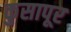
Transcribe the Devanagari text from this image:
कुसापूर